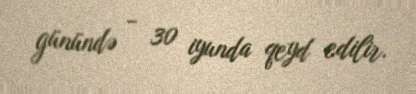
günündə - 30 iyunda qeyd edilir.